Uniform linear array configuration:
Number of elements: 24
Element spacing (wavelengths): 0.25
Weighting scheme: blackman
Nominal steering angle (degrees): -45
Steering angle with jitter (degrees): -45.251
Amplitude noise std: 0.05
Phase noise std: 0.05

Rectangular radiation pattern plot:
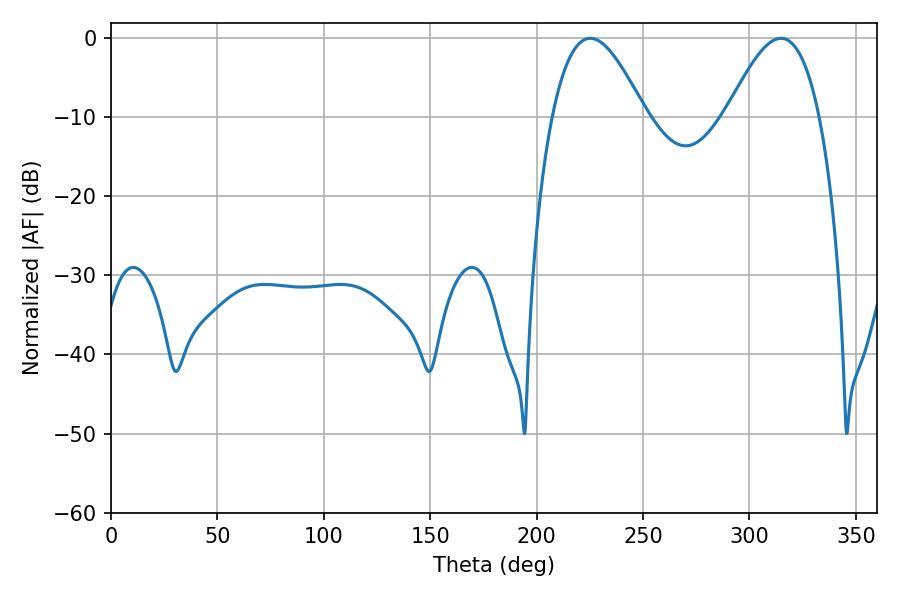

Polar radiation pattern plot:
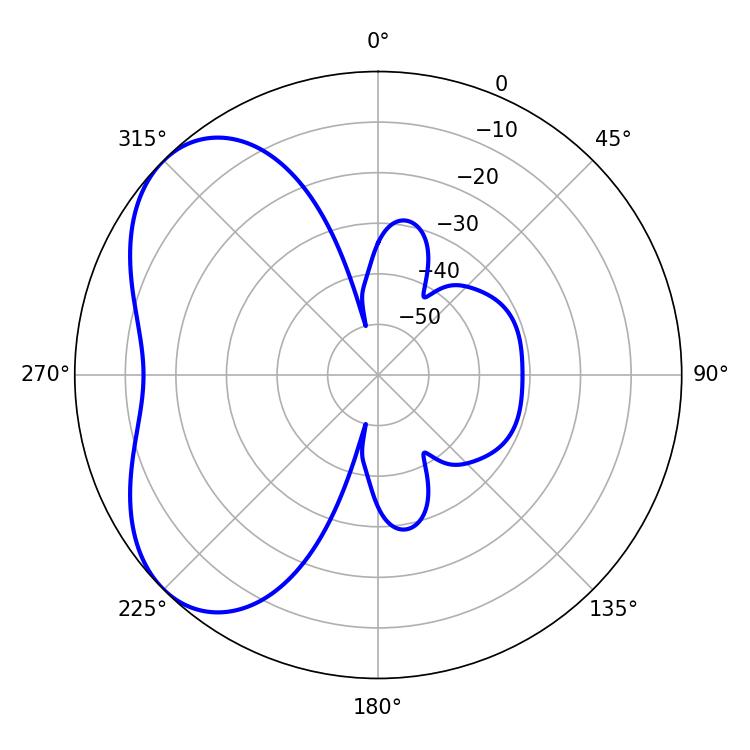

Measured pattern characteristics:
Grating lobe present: FALSE
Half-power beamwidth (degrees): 23.58
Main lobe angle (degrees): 225.18